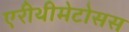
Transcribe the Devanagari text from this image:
एरीथीमेटोसस